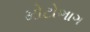
મોટોભાગ